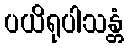
ပယိရုပါသန္တံ